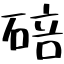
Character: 碚